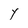
Character: Y